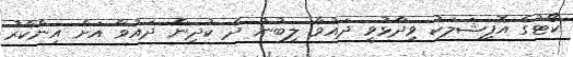
ކޯޓުގެ އޮފިޝަލަކު ވިދާޅުވީ ދައުވާ ލިބުނު ދެ ކުދިން ދައުވާ އަށް އިންކާރު